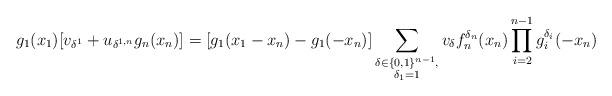
LaTeX: \begin{align*}g_{1}(x_{1})[v_{\delta^{1}}+u_{\delta^{1,n}}g_{n}(x_{n})]=[g_{1}(x_{1}-x_{n})-g_{1}(-x_{n})]\sum_{\substack{\delta\in\{0,1\}^{n-1},\\\delta_{1}=1}}v_{\delta}f_{n}^{\delta_{n}}(x_{n})\prod_{i=2}^{n-1}g_{i}^{\delta_{i}}(-x_{n})\end{align*}